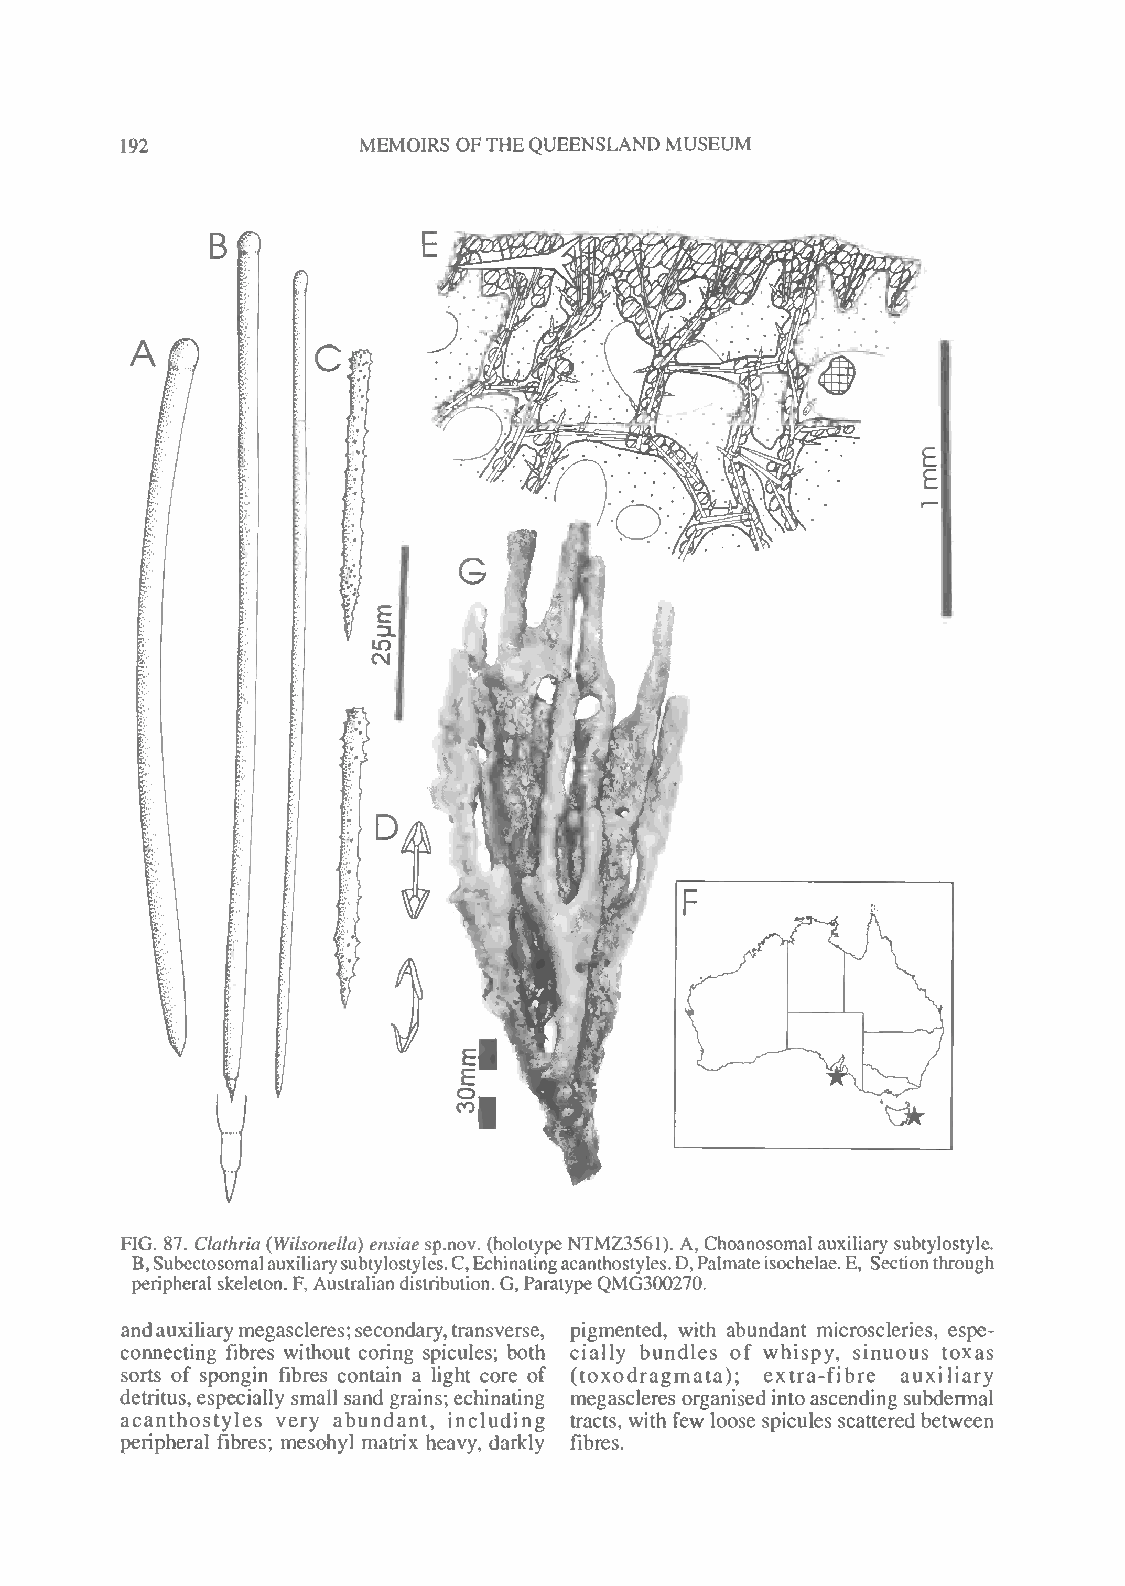
192             MEMOIRS OFTHEQUEENSLANDMUSEUM
 F
 *53*--~4,
 '<dk
 FIG. 87. Clathria (Wilsonella) ensiaesp.nov. (holotype NTMZ3561). A, Choanosomal auxiliary subtylostyle.
 B,Subectosomalauxiliarysubtylostyles.C,Echinatingacanthostyles.D,Palmateisochelae.E, Sectionthrough
 peripheral skeleton.F, Australiandistribution.G, ParatypeQMG300270.
 andauxiliarymegascleres;secondary,transverse, pigmented, with abundant microscleries, espe-
 connecting fibres without coring spicules; both cially bundles of whispy, sinuous toxas
 sorts of spongin fibres contain a light core of (toxodragmata); extra-fibre auxiliary
 detritus, especially small sand grains; echinating megascleres organised into ascending subdermal
 acanthostyles very abundant, including tracts, with few loose spicules scattered between
 peripheral fibres; mesohyl matrix heavy, darkly fibres.